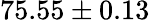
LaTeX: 75.55\pm 0.13